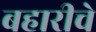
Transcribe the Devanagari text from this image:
बहारीचे